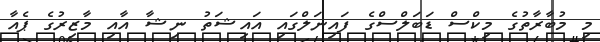
މި މުބާރާތުގެ މިކްސް ޑަބަލްސްގެ ފައިނަލްގައި އައިޝަތު ނިޝާ އާއި މާޒިރުގެ ޕެއާ